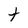
Character: t